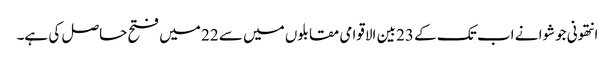
انتھونی جوشوا نے اب تک کے 23 بین الاقوامی مقابلوں میں سے 22 میں فتح حاصل کی ہے۔